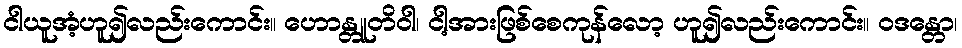
ငါယူအံ့ဟူ၍လည်းကောင်း။ ဟောန္တူတိဝါ၊ ငါ့အားဖြစ်စေကုန်လော့ ဟူ၍လည်းကောင်း။ ဝဒန္တော၊